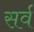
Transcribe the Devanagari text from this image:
सर्व